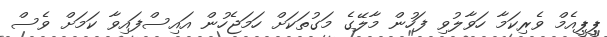
ޕީޕީއެމް ވެރިކަމާ ހަވާލުވި ފަހުން މާލޭގެ މަގުތަކަށް ހަމަޖެހުން އައިސްފައިވާ ކަމަށް ވެސް